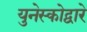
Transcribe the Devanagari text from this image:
युनेस्कोद्वारे